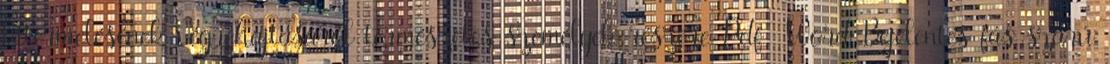
kitermelésének végrehajtásáról természetes személyek részére Pdf Word Bejelentés fás szárú